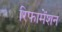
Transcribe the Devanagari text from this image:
रिफामेंशन